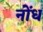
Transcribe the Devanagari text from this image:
नोंध